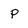
Character: p